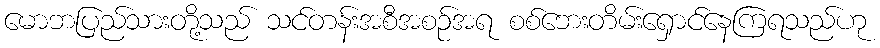
မောဘပြည်သားတို့သည် သင်တန်းအစီအစဉ်အရ စစ်ဘေးတိမ်းရှောင်နေကြရသည်ဟု